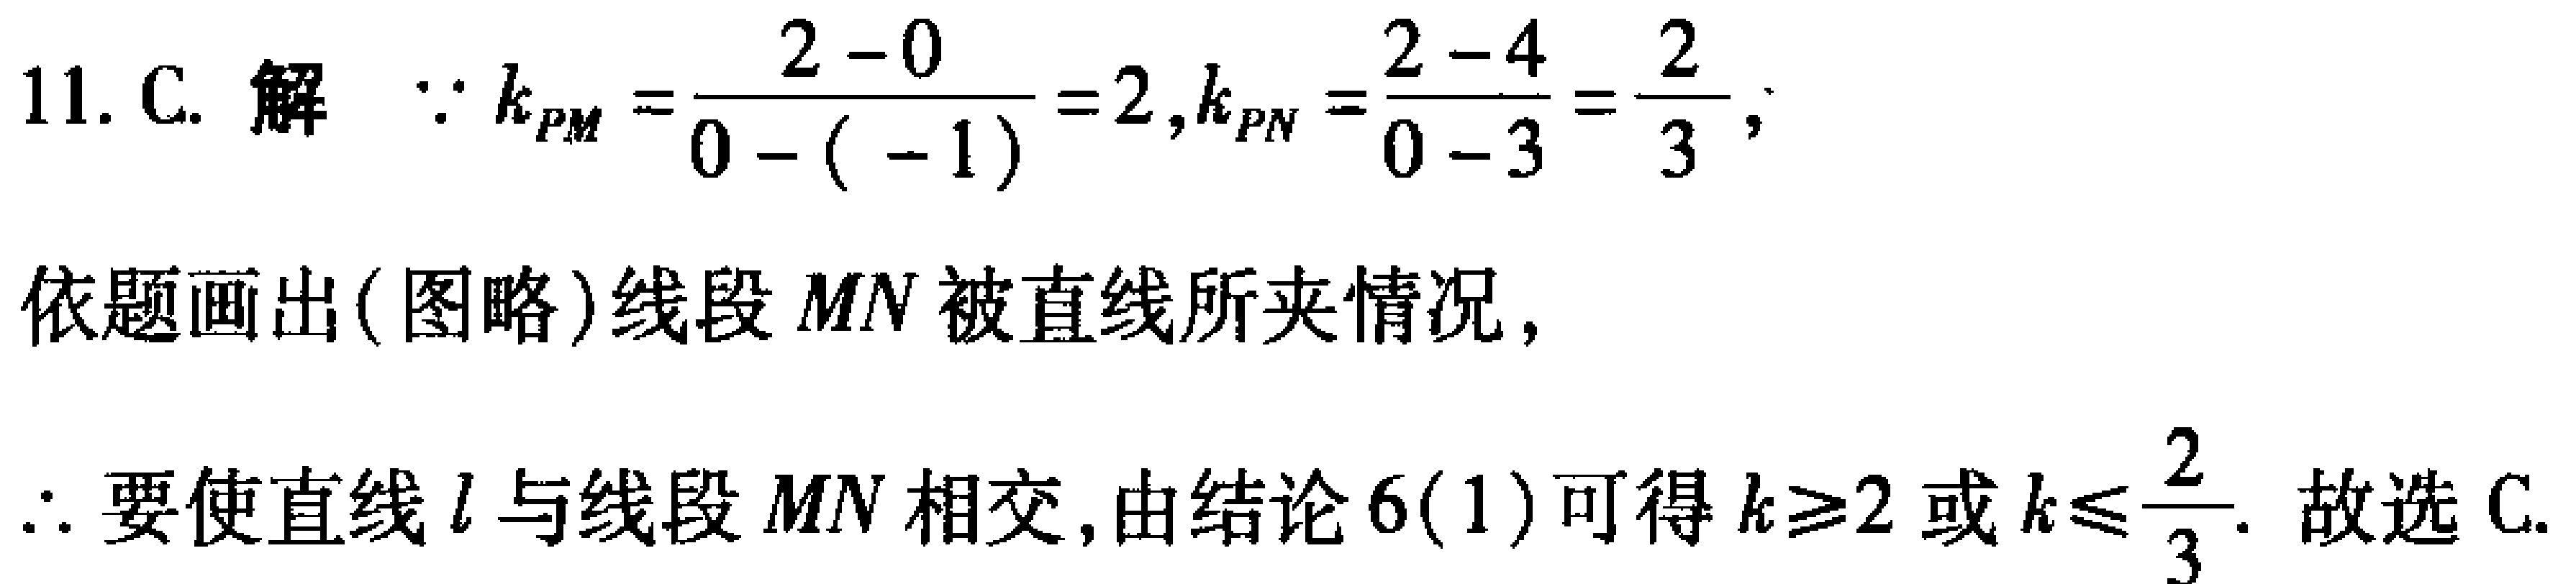
11. C. 解  $\because k_{PM}=\frac{2 - 0}{0 - (-1)} = 2,k_{PN}=\frac{2 - 4}{0 - 3}=\frac{2}{3},$
依题画出(图略)线段 $MN$ 被直线所夹情况,
$\therefore$ 要使直线 $l$ 与线段 $MN$ 相交,由结论 6(1) 可得 $k\geq2$ 或 $k\leq\frac{2}{3}$. 故选 C.